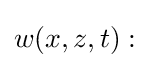
w(x,z,t):